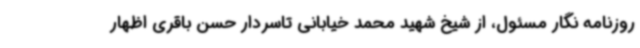
روزنامه نگار مسئول، از شیخ شهید محمد خیابانی تاسردار حسن باقری اظهار